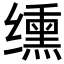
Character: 𫄸